Report of the King Institute of Preventive Medicine, Guindy
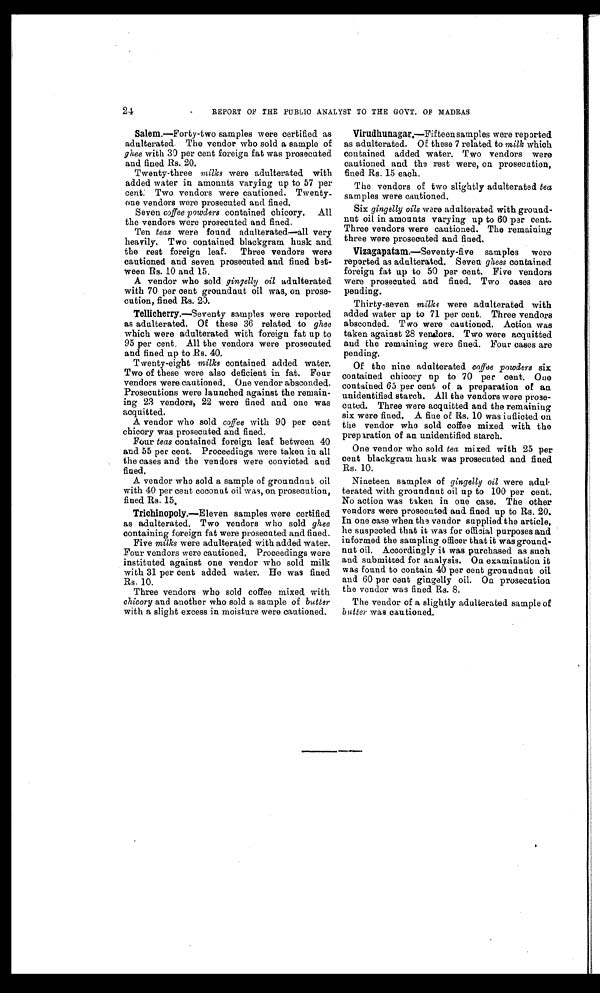
24
REPORT OF THE PUBLIC ANALYST TO THE GOVT. OF MADRAS
Salem.—Forty-two samples were certified as
adulterated The vendor who sold a sample of
ghee with 30 per cent foreign fat was prosecuted
and fined Rs. 20.
Twenty-three milks were adulterated with
added water in amounts varying up to 57 per
cent. Two vendors were cautioned. Twenty
-one vendors were prosecuted and fined.
Seven coffee powders contained chicory. All
the vendors were prosecuted and fined.
Ten teas were found adulterated—all very
heavily. Two contained blackgram husk and
the rest foreign leaf. Three vendors were
cautioned and seven prosecuted and fined bet
-ween Rs. 10 and 15.
A vendor who sold gingelly oil adulterated
with 70 per cent groundnut oil was, on prose
-cution, fined Rs. 20.
Tellicherry.— Seventy samples were reported
as adulterated. Of these 36 related to ghee
which were adulterated with foreign fat up to
95 per cent. All the vendors were prosecuted
and fined up to Rs. 40.
Twenty-eight milks contained added water.
Two of these were also deficient in fat. Four
vendors were cautioned. One vendor absconded.
Prosecutions were launched against the remain
-ing 23 vendors, 22 were fined and one was
acquitted.
A vendor who sold coffee with 90 per cent
chicory was prosecuted and fined.
Four teas contained foreign leaf between 40
and 55 per cent. Proceedings were taken in all
the cases and the vendors were convicted and
fined.
A vendor who sold a sample of groundnut oil
with 40 per cent coconut oil was, on prosecution,
fined Rs. 15.
Trichinopoly.—Eleven samples were certified
as adulterated. Two vendors who sold ghee
containing foreign fat were prosecuted and fined.
Five milks were adulterated with added water.
Four vendors were cautioned. Proceedings were
instituted against one vendor who sold milk
with 31 per cent added water. He was fined
Rs. 10.
Three vendors who sold coffee mixed with
chicory and another who sold a sample of butter
with a slight excess in moisture were cautioned.
Virudhunagar.— Fifteen samples were reported
as adulterated. Of these 7 related to milk which
contained added water. Two vendors were
cautioned and the rest were, on prosecution,
fined Rs. 15 each.
The vendors of two slightly adulterated tea
samples were cautioned.
Six gingelly oils were adulterated with ground
-nut oil in amounts varying up to 60 per cent.
Three vendors were cautioned. The remaining
three were prosecuted and fined.
Vizagapatam.— Seventy-five samples were
reported as adulterated. Seven ghees contained
foreign fat up to 50 per cent. Five vendors
were prosecuted and fined. Two cases are
pending.
Thirty-seven milks were adulterated with
added water up to 71 per cent. Three vendors
absconded. Two were cautioned. Action was
taken against 28 vendors. Two were acquitted
and the remaining were fined. Four cases are
pending.
Of the nine adulterated coffee powders six
contained chicory up to 70 per cent. One
contained 65 per cent of a preparation of an
unidentified starch. All the vendors were prose
-cuted. Three were acquitted and the remaining
six were fined. A fine of Rs. 10 was inflicted on
the vendor who sold coffee mixed with the
preparation of an unidentified starch.
One vendor who sold tea mixed with 25 per
cent blackgram husk was prosecuted and fined
Rs. 10.
Nineteen samples of gingelly oil were ad
u l t e r a t e d w i t h g r o u n d n u t o i l u p t o 1 0 0 p e r c e n t .
No action was taken in one case. The other
vendors were prosecuted and fined up to Rs. 20.
In one case when the vendor supplied the article,
he suspected that it was for official purposes and
informed the sampling officer that it was ground
- n u t o i l . A c c o r d i n g l y i t w a s p u r c h a s e d a s s u c h
and submitted for analysis. On examination it
was found to contain 40 per cent groundnut oil
and 60 per cent gingelly oil. On prosecution
the vendor was fined Rs. 8.
The vendor of a slightly adulterated sample of
butter was cautioned.